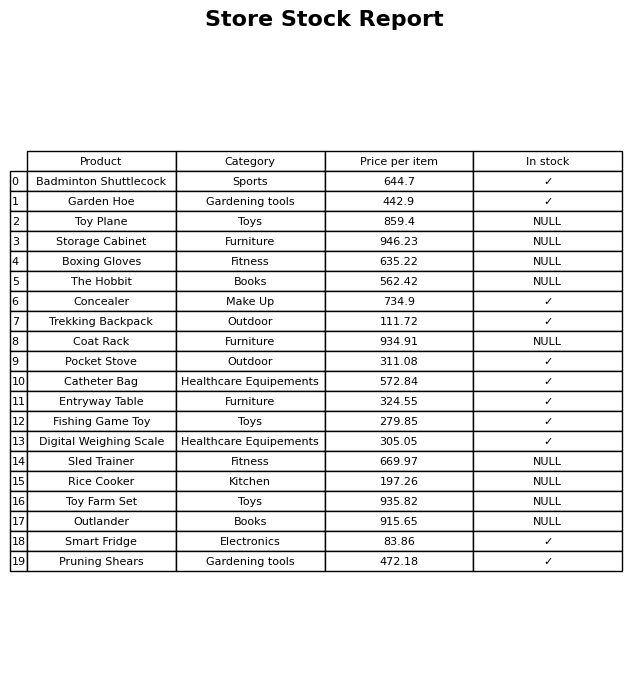
question: What is the price for Coat Rack?
answer: The price of Coat Rack is 934.91.